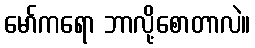
မော်ကရော ဘာလို့စောတာလဲ။